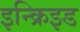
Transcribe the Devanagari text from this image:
इन्क्रिझ्ड